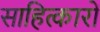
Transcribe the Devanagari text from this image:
साहित्कारों